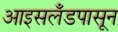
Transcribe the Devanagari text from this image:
आइसलँडपासून